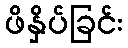
ဖိနှိပ်ခြင်း